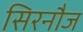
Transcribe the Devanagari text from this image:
सिरनौज